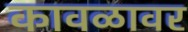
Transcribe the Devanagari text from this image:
कावळावर